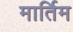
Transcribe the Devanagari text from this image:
मार्तिम